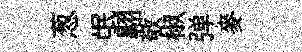
葱氓翺敬椒弹麥